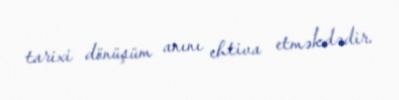
tarixi dönüşüm anını ehtiva etməkdədir.